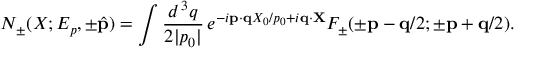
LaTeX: N _ { \pm } ( X ; E _ { p } , \pm \hat { \bf p } ) = \int \frac { d ^ { \, 3 } q } { 2 | p _ { 0 } | } \, e ^ { - i { \bf p } \cdot { \bf q } X _ { 0 } / p _ { 0 } + i { \bf q } \cdot { \bf X } } F _ { \pm } ( \pm { \bf p } - { \bf q } / 2 ; \pm { \bf p } + { \bf q } / 2 ) .